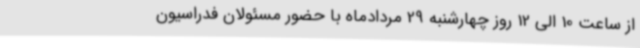
از ساعت 10 الی 12 روز چهارشنبه 29 مردادماه با حضور مسئولان فدراسیون